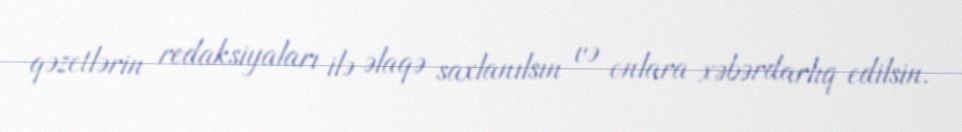
qəzetlərin redaksiyaları ilə əlaqə saxlanılsın və onlara xəbərdarlıq edilsin.